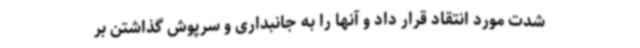
شدت مورد انتقاد قرار داد و آنها را به جانبداری و سرپوش گذاشتن بر